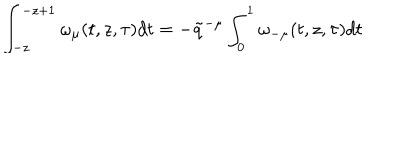
LaTeX: \int _ { - z } ^ { - z + 1 } \omega _ { \mu } ( t , z , \tau ) d t = - \tilde { q } ^ { - \mu } \int _ { 0 } ^ { 1 } \omega _ { - \mu } ( t , z , \tau ) d t